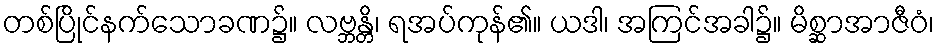
တစ်ပြိုင်နက်သောခဏ၌။ လဗ္ဘန္တိ၊ ရအပ်ကုန်၏။ ယဒါ၊ အကြင်အခါ၌။ မိစ္ဆာအာဇီဝံ၊